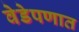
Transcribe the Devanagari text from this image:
वेडेपणात